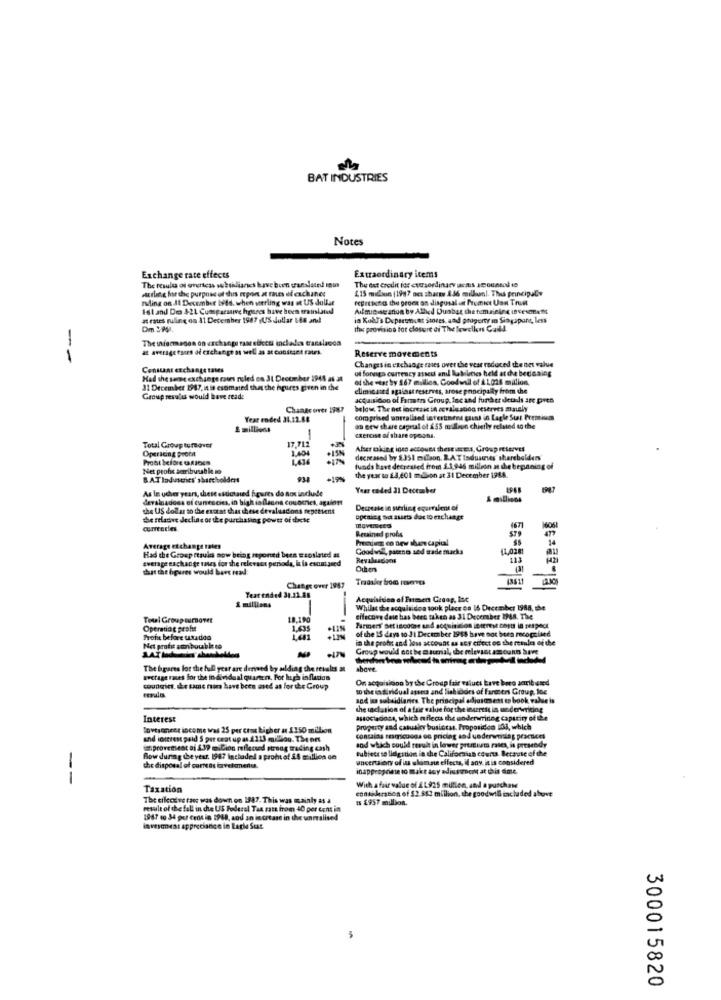
BAT INDUSTRIES
Notes
Extraordinary items
Exchange rate effects
The results of ereress subsalianes have been translated inin
Acting for the purpose of dus mpon at thes of eachand:
415 million (1987 acs sharpe 1 36 million). Thus principale
The tet credit for chersordinary icms amountof ie
ring on It December lodd. when sterling was at US dollar
MErends the proms on disgusal us fromict Uan Truun
Ist and Des 411 Cuseparinive hgares have been translated
Aufmie seranon by Allied Duabat the tem.seine investment
at rates ruling on 31 December 1987 (US Jullar 18 and!
in Kohl's Deprettount Stores and property in Singapore, less
Om :Al.
the provision for closure of The lewellen Caill.
The siermadon on exchange tastetktu includes translacca
at average tours of exchange as well as at constant ratri.
--
Reserve movements
Changes in exchange rates over the vear reduced the net value
Constant exchange tates
of foreign currency assets and liabilities held at the bedsaing
Had the same exchange cours ruled on 31 Decueber 1945 as at
of the wear hy 167 million, Coodwall of A1.028 million.
31 December 1987, it is esomated that the hpures given in the
eliminated against reserves, arose poocipally from the
Group results would have reade
acquisidion of Fantrs Group, Inc and further detals are pres
Change over 1987
below. The act lacressc in ccvale suog reserves mately
Year ended 31.12.68
comprised unrealised intertiene gaunt in Lagle Stat Premium
E millions
on new share capeut of 253 milion chietly related ag the
17.712
Exercise af share opoona.
Total Group turnover
Operlong Profit
After taking into account theseiscens, Group reserves
Probt before GAJOes
1,40
decreased by $ 351 milson. B.A.Ttsduamnes' sharebolden
Net prohs derribuuble mo
funds have decreased from 1.1,946 million at the beginning of
BATladuscries' shareholders
the year to 23,601 mdSon at 31 December 198A.
As le ucher years, chiese estimated figures do not include
Year ended 31 December
dersladoes ef cunescies, in bigh iaflecos countries, agalost
& millions
the US dollar so the exorat that chese devalasdons tepetient
Decrease in sterling equrralent of
de reladve decline of the purchasing power of these
opening act assets dac to echange
contarles
Retained profs
Preetium co bew share capital
Average exchange rates
Had the Group ttsuis sow being reported been ssoslated as
Goodwill, paceno sed sade macks
11,024
average exchange mes for the relevant perioda, I is escutased
Revalesdions
413
that the figures would have read:
Othens
431
Change over 1947
& millions
Year ended 31.11.88
Whilst the acquisidoa took place on 16 December 1988, the
Tonel Group turnorer
18,190
effective date has been taken as 31 Deceraber IP68. The
Operating prohe
1,63
of the 15 days to JI December 1988 have not been recognised
Profe before taxadoo
1.681
in the profit and loss account as acy ctfeet on the results of the
Net profit sonbou ble to
Group would not be m sorrial, the relevant amounts Save
The bgares for the full year are derived by alding the revales at
above
Eretage raes for the individual quarter. For laugh inflados
On acquisition by the Group fair eslues Lave boro scrib used
coudgict, der same moc have been aved at for the Group
10 the individual assets and lieblodes of Farderi Group, loc
sad im subsidiaries. The principal adjustment en book value is
the inclation of a fair value for the interest in underwriting
Interest
associadosa, which nflecu the underwriting capacity of the
loveseneet income was 25 per cons higher at 1150 million
Property and casualcy busictas. Proposition 103, which
and interest paid $ per cept up at 2223 milllog. The net
contains resmicocos on pricing and underwnislag practices
aprovemest ai $37 m.Cion reflected strong trading cash
and which could result in lower premium rates, is pressedy
subject so lldigstion in the Californias counta. Because of the
Blow during the year. 1987 inchaded a prohot &4 million de
uncertainty of its skim sin effects, if any. it is considered
the disposal of correas lavelameds.
inapproprime to makt asy adjustment at this time
--
Taxation
consideration of $2 583 million, the goodwil included above
With a fair value of AL925 million, and a purchase
The cileceve faec was down on 1987. This was mainly as a
Is £957 million.
result of the fall in che US Poderel Tax rate irom 40 per cent in
1987 to 34 per cent in 1968, and an increase in the unrealised
invesonest apprecianice in Lagle Stat
300015820